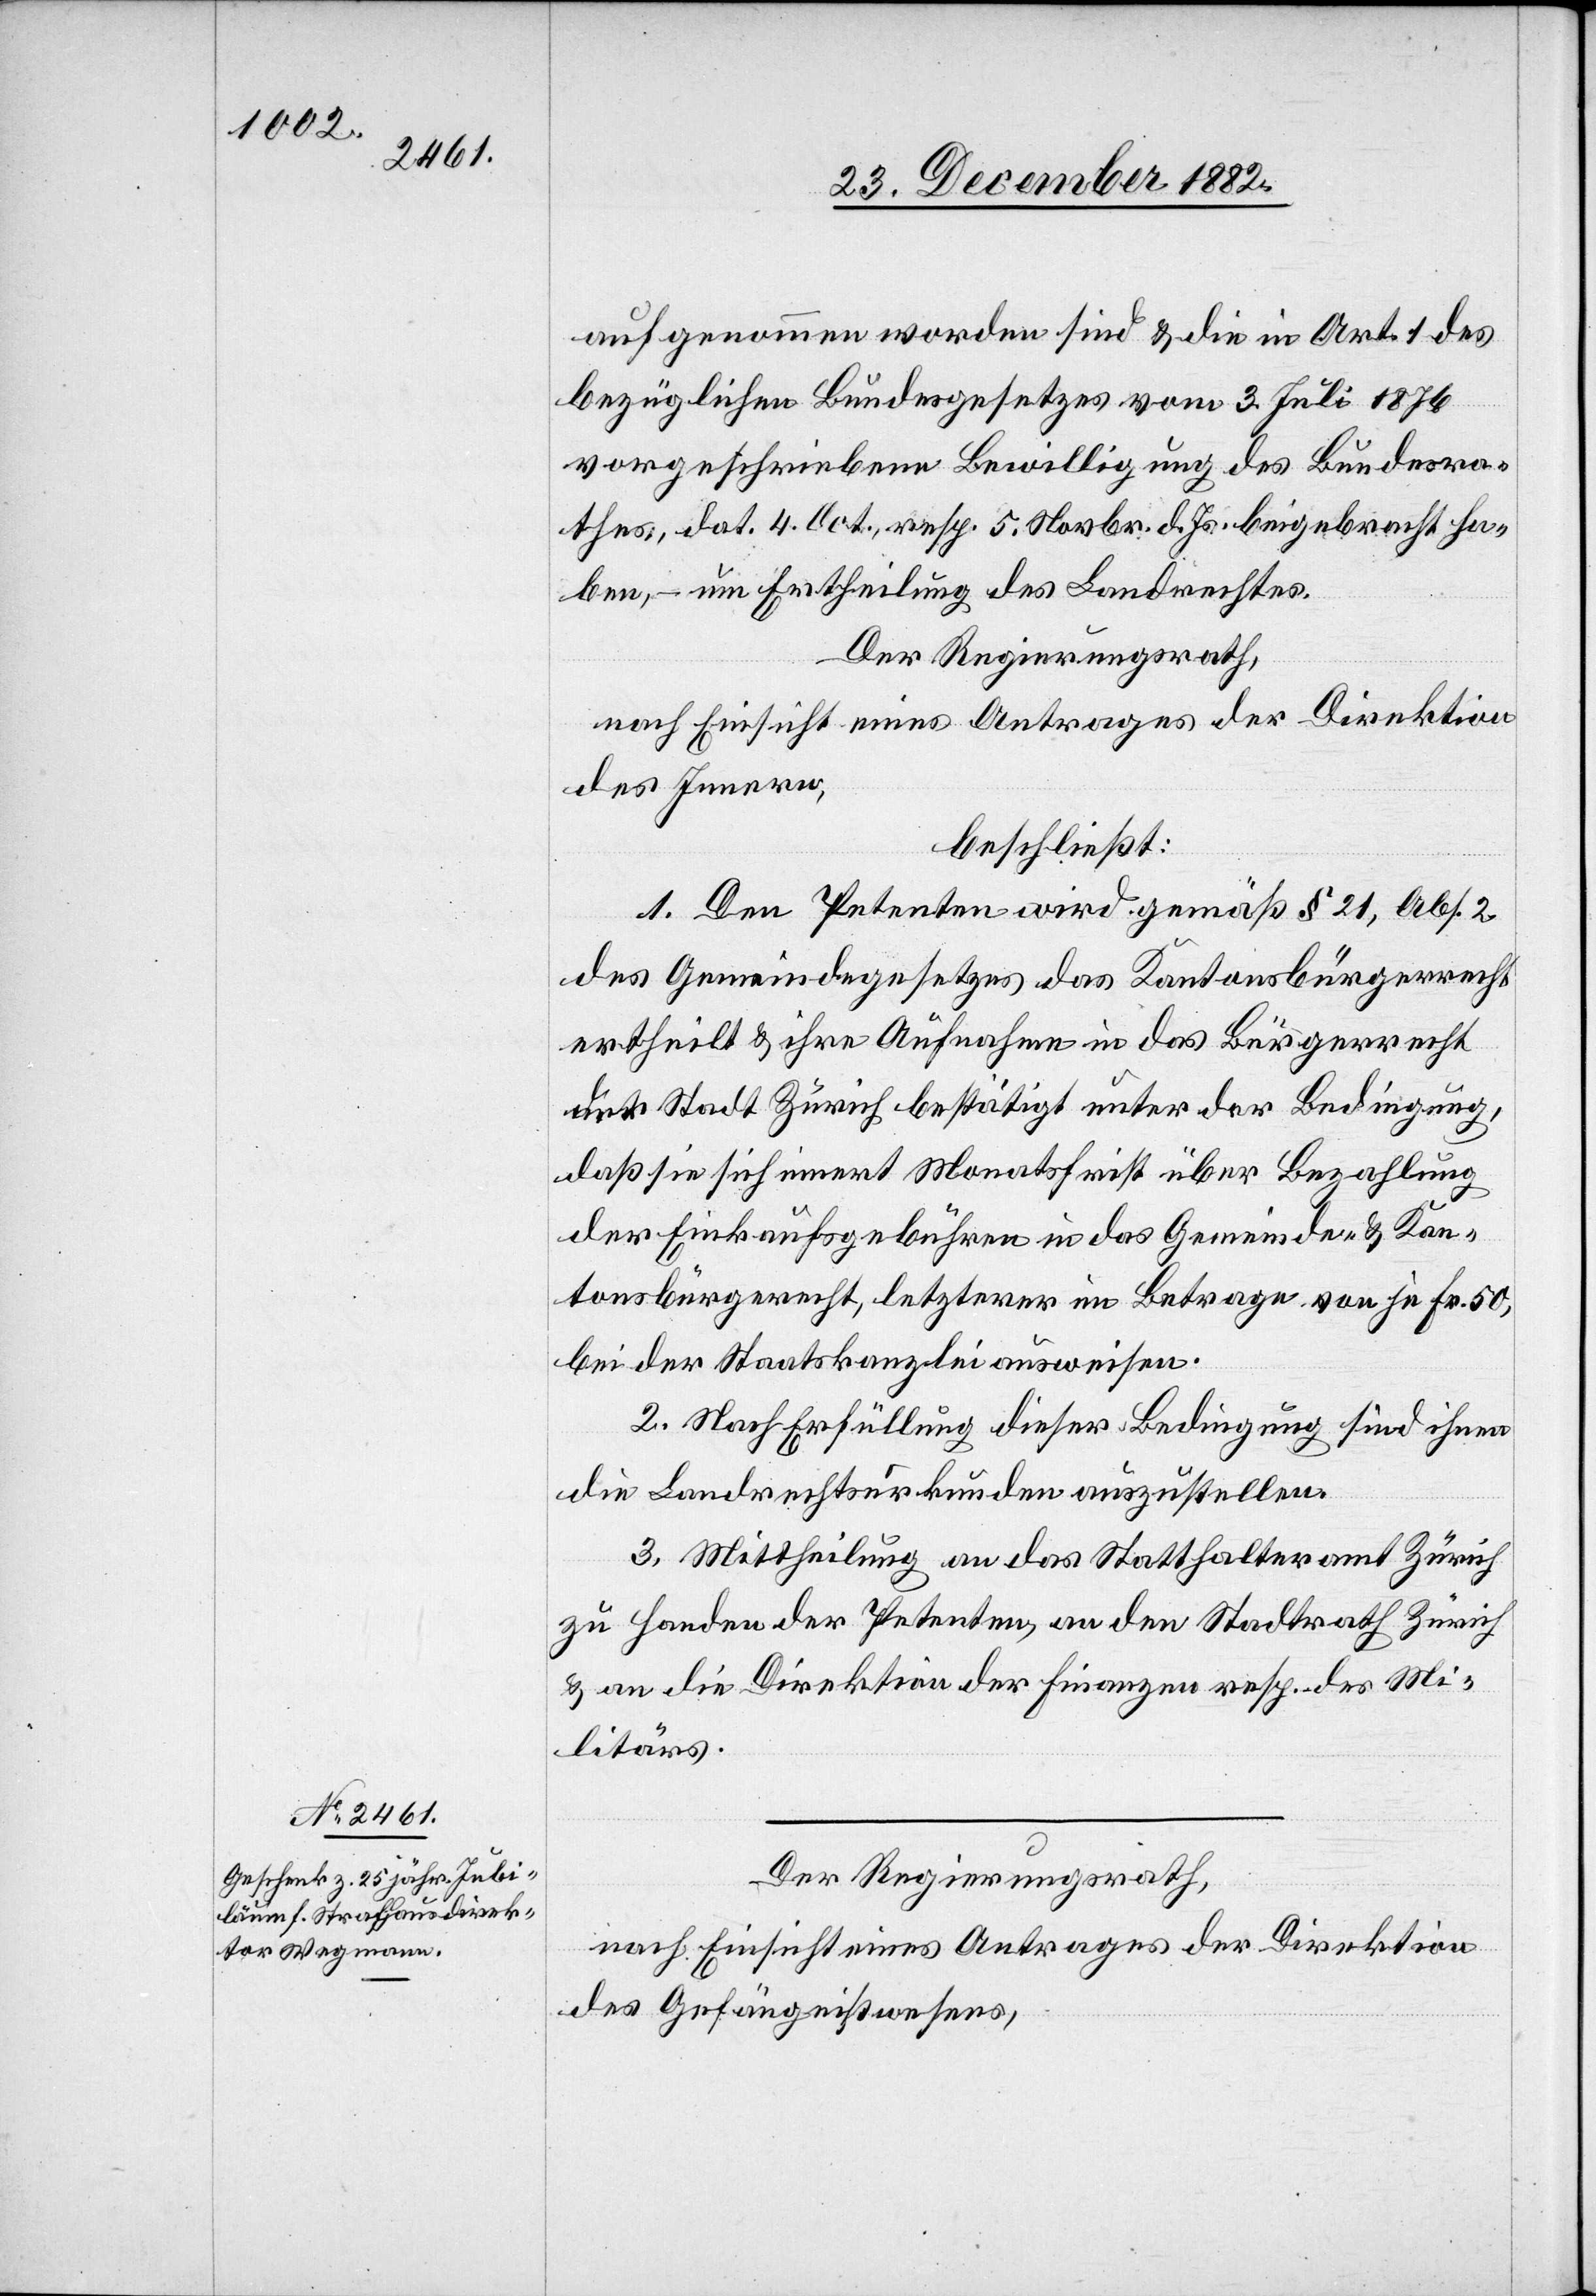
aufgenommen worden sind & die in Art. 1 des
bezüglichen Bundesgesetzes vom 3. Juli 1876
vorgeschriebene Bewilligung des Bundesra¬
thes, dat. 4. Oct., resp. 5. Novbr. d. Js. beigebracht ha¬
ben, – um Ertheilung des Landrechtes.
Der Regierungsrath,
nach Einsicht eines Antrages der Direktion
des Innern,
beschließt:
1. Den Petenten wird gemäß § 21, Abs. 2
des Gemeindegesetzes das Kantonsbürgerrecht
ertheilt & ihre Aufnahme in das Bürgerrecht
der Stadt Zürich bestätigt unter der Bedingung,
daß sie sich innert Monatsfrist über Bezahlung
der Einkaufsgebühren in das Gemeinde- & Kan¬
tonsbürgerrecht, letzterer im Betrage von je Fr. 50,
bei der Staatskanzlei ausweisen.
2. Nach Erfüllung dieser Bedingung sind ihnen
die Landrechtsurkunden auszustellen.
3. Mittheilung an das Statthalteramt Zürich
zu Handen der Petenten, an den Stadtrath Zürich
& an die Direktion der Finanzen resp. des Mi¬
litärs.
Der Regierungsrath,
nach Einsicht eines Antrages der Direktion
des Gefängnißwesens,